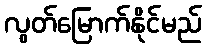
လွတ်မြောက်နိုင်မည်